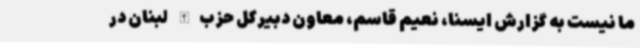
ما نیست به گزارش ایسنا، نعیم قاسم، معاون دبیرکل حزب‌الله لبنان در